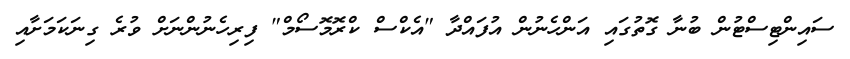
ސައިންޓިސްޓުން ބުނާ ގޮތުގައި އަންހެނުން އުފައްދާ "އެކްސް ކްރޮމޮސޯމް" ފިރިހެނުންނަށް ވުރެ ގިނަކަމަށާއި